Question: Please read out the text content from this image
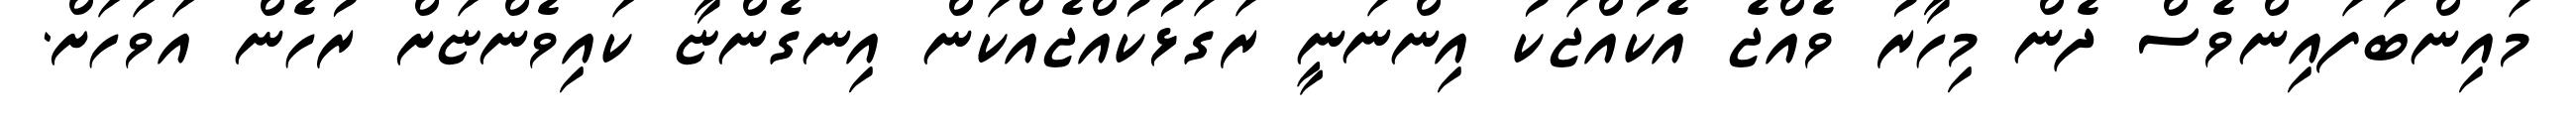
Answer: މައިންބަފައިންވެސް ދެން މިހާރު ވެއްޖެ އެކުއްޖަކު އިންނަނީ ރަގަޅުކުއްޖެއްކަން އިނގެންޏާ ކައިވެންޏަށް ރުހެން އަވަހަށް.